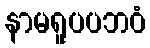
နာမရူပပဘဝံ